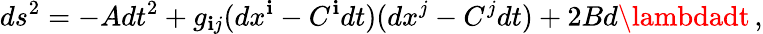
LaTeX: ds^{2}=-Adt^{2}+g_{\mathbf{i}j}(dx^{\mathbf{i}}-C^{\mathbf{i}}dt)(dx^{j}-C^{j}dt)+2Bd\lambdadt\, ,